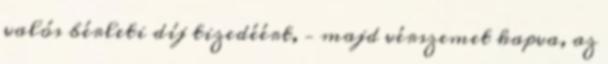
valós bérleti díj tizedéért, – majd vérszemet kapva, az